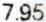
7.95